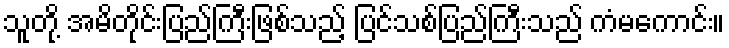
သူတို့ အမိတိုင်းပြည်ကြီးဖြစ်သည့် ပြင်သစ်ပြည်ကြီးသည် ကံမကောင်း။